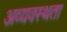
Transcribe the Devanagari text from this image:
अव्यवस्थता